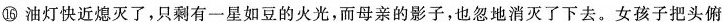
⑯油灯快近熄灭了，只剩有一星如豆的火光，而母亲的影子，也忽地消灭了下去。女孩子把头俯